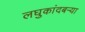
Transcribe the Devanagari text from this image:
लघुकांदबर्‍या